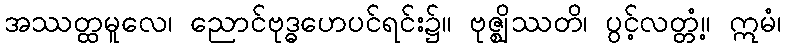
အဿတ္ထမူလေ၊ ညောင်ဗုဒ္ဓဟေပင်ရင်း၌။ ဗုဇ္ဈိဿတိ၊ ပွင့်လတ္တံ့။ ဣမံ၊